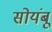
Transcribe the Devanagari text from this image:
सोयंबू